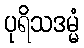
ပုရိသဒမ္မံ